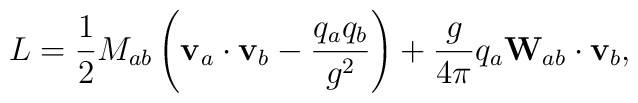
L = \frac{1}{2} M_{ab} \left( {\bf v}_a \cdot {\bf v}_b       - {q_a q_b \over g^2}   \right)  + \frac{g }{4\pi} q_a      {\bf W}_{ab}\cdot {\bf v}_b ,